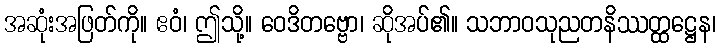
အဆုံးအဖြတ်ကို။ ဧဝံ၊ ဤသို့။ ဝေဒိတဗ္ဗော၊ ဆိုအပ်၏။ သဘာဝသုညတနိဿတ္ထဋ္ဌေန၊